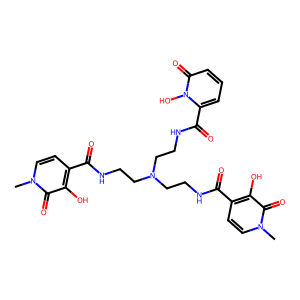
SMILES: Cn1ccc(C(=O)NCCN(CCNC(=O)c2ccn(C)c(=O)c2O)CCNC(=O)c2cccc(=O)n2O)c(O)c1=O
Inhibits HIV replication: No